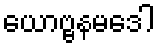
ယောဗ္ဗနမဒေါ